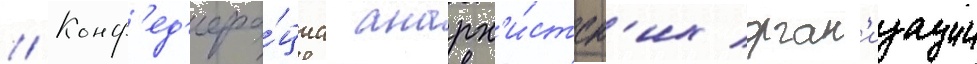
// Конф'ед'ера́циа анарх'и́стск'их орган'изации